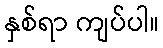
နှစ်ရာ ကျပ်ပါ။